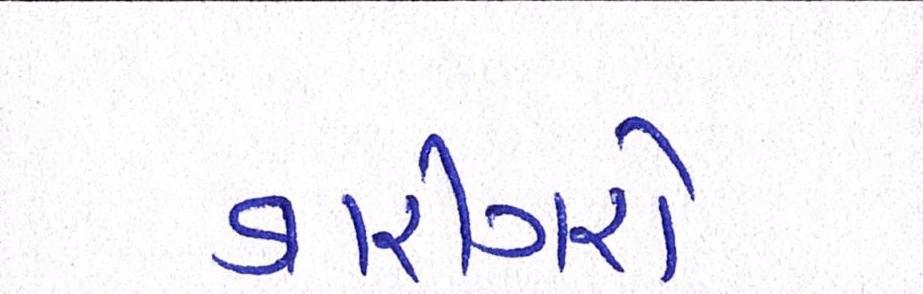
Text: કારીગરો